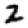
Digit: 2